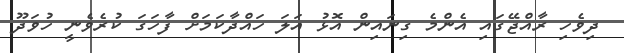
ދިވެހި ރާއްޖޭގައި އެންމެ ގިނައިން އޮޅު އަލަ ހައްދާކަމަށް ފާހަގަ ކުރެވެނީ ހުވަދޫ